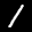
Label: 1